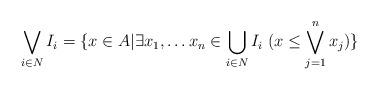
LaTeX: \begin{align*}\bigvee_{i \in N} I_i= \{x \in A | \exists x_1, \ldots x_n \in \bigcup_{i \in N} I_i \; (x \leq \bigvee_{j=1}^n x_j) \}\end{align*}